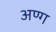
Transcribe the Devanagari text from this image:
अण्ग